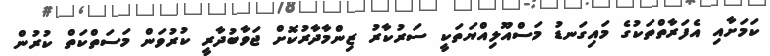
ކަމަށާއި އެފަރާތްތަކުގެ މައިގަނޑު މަސްއޫލިއްޔަތަކީ ސަރުކާރު ޒިންމާދާރުކޮށް ޖަވާބުދާރީ ކުރުވަން މަސަތްކަތް ކުރުން